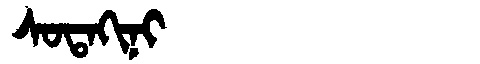
Manchu: ᠰᠣᡨᠠᡴᡳᠨᡳ
Romanization: SOTAKINI